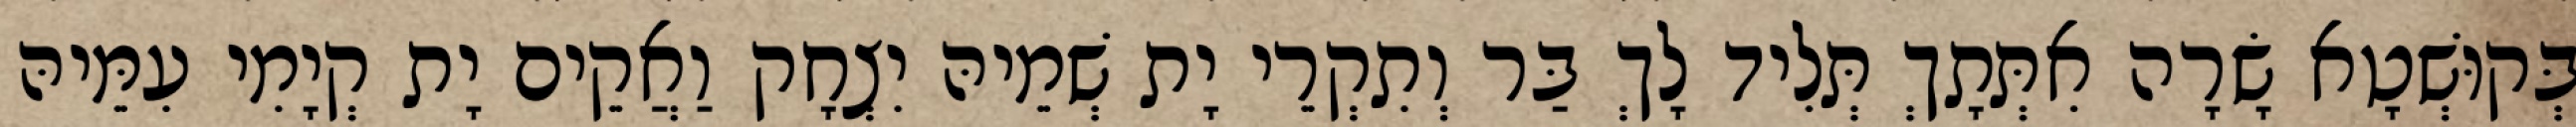
בְּקוּשְׁטָא שָׂרָה אִתְּתָךְ תְּלִיד לָךְ בַּר וְתִקְרֵי יָת שְׁמֵיהּ יִצְחָק וַאֲקֵים יָת קְיָמִי עִמֵּיהּ